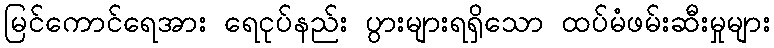
မြင်ကောင်ရေအား ရေငုပ်နည်း ပွားများရရှိသော ထပ်မံဖမ်းဆီးမှုများ